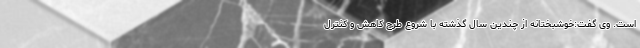
است. وی گفت:‌خوشبختانه از چندین سال گذشته با شروع طرح کاهش و کنترل